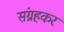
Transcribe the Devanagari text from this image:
संग्रहकर